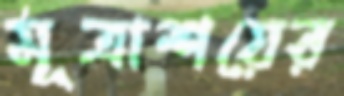
মূত্রাশয়ের